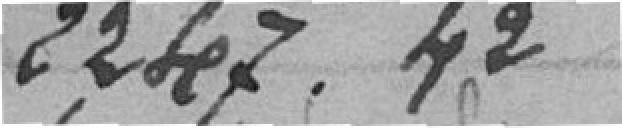
2.247,42